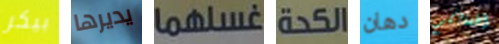
بيكر يديرها غسلهما الكحة دهان أطفالكم